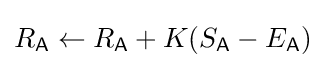
R_{\mathsf {A}}\leftarrow R_{\mathsf {A}}+K(S_{\mathsf {A}}-E_{\mathsf {A}})